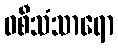
ဝစီသံသာရော